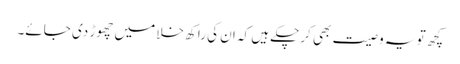
کچھ تو یہ وصیت بھی کرچکے ہیں کہ ان کی راکھ خلا میں چھوڑ دی جائے۔